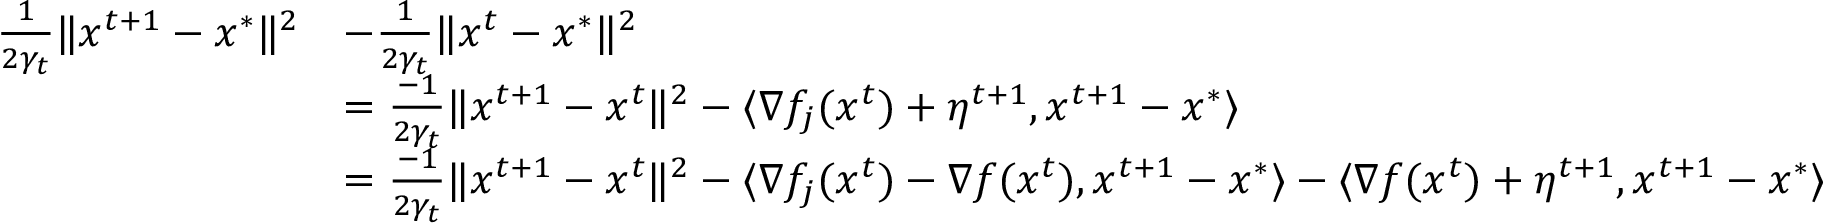
\begin{array} { r l } { \frac { 1 } { 2 \gamma _ { t } } \Vert x ^ { t + 1 } - x ^ { * } \Vert ^ { 2 } } & { - \frac { 1 } { 2 \gamma _ { t } } \Vert x ^ { t } - x ^ { * } \Vert ^ { 2 } } \\ & { = \frac { - 1 } { 2 \gamma _ { t } } \Vert x ^ { t + 1 } - x ^ { t } \Vert ^ { 2 } - \langle \nabla f _ { j } ( x ^ { t } ) + \eta ^ { t + 1 } , x ^ { t + 1 } - x ^ { * } \rangle } \\ & { = \frac { - 1 } { 2 \gamma _ { t } } \Vert x ^ { t + 1 } - x ^ { t } \Vert ^ { 2 } - \langle \nabla f _ { j } ( x ^ { t } ) - \nabla f ( x ^ { t } ) , x ^ { t + 1 } - x ^ { * } \rangle - \langle \nabla f ( x ^ { t } ) + \eta ^ { t + 1 } , x ^ { t + 1 } - x ^ { * } \rangle } \end{array}